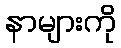
နာများကို